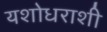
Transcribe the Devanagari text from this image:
यशोधराशी